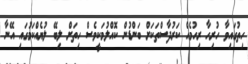
ހިތުގައިވާ ހުރިހާ ރިހުމެއް ކަރުދާސްތަކަށް ބަންޑުން ކޮއްލުމަކީވެސް ހިތަށް ލިބޭ ލުޔެއްކަމުގައި އޭނާ